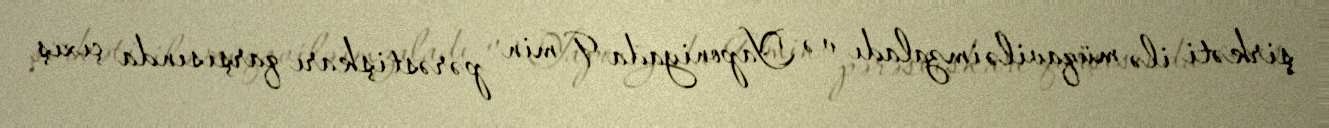
şirkəti ilə müqavilə imzaladı və Yaponiyada 9 min pərəstişkarı qarşısında çıxış